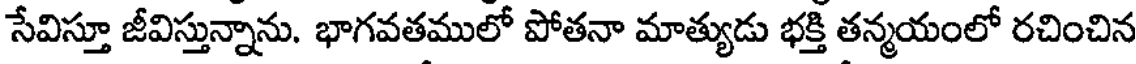
సేవిస్తూ జీవిస్తున్నాను. భాగవతములో పోతనా మాత్యుడు భక్తి తన్మయంలో రచించిన